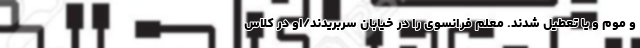
و موم و یا تعطیل شدند. معلم فرانسوی را در خیابان سربریدند/او در کلاس